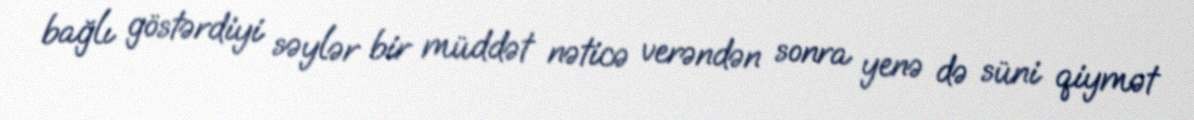
bağlı göstərdiyi səylər bir müddət nəticə verəndən sonra yenə də süni qiymət